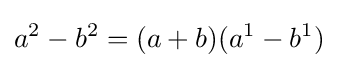
a^{2}-b^{2}=(a+b)(a^{1}-b^{1})